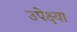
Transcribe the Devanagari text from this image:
उपेक्ष्या